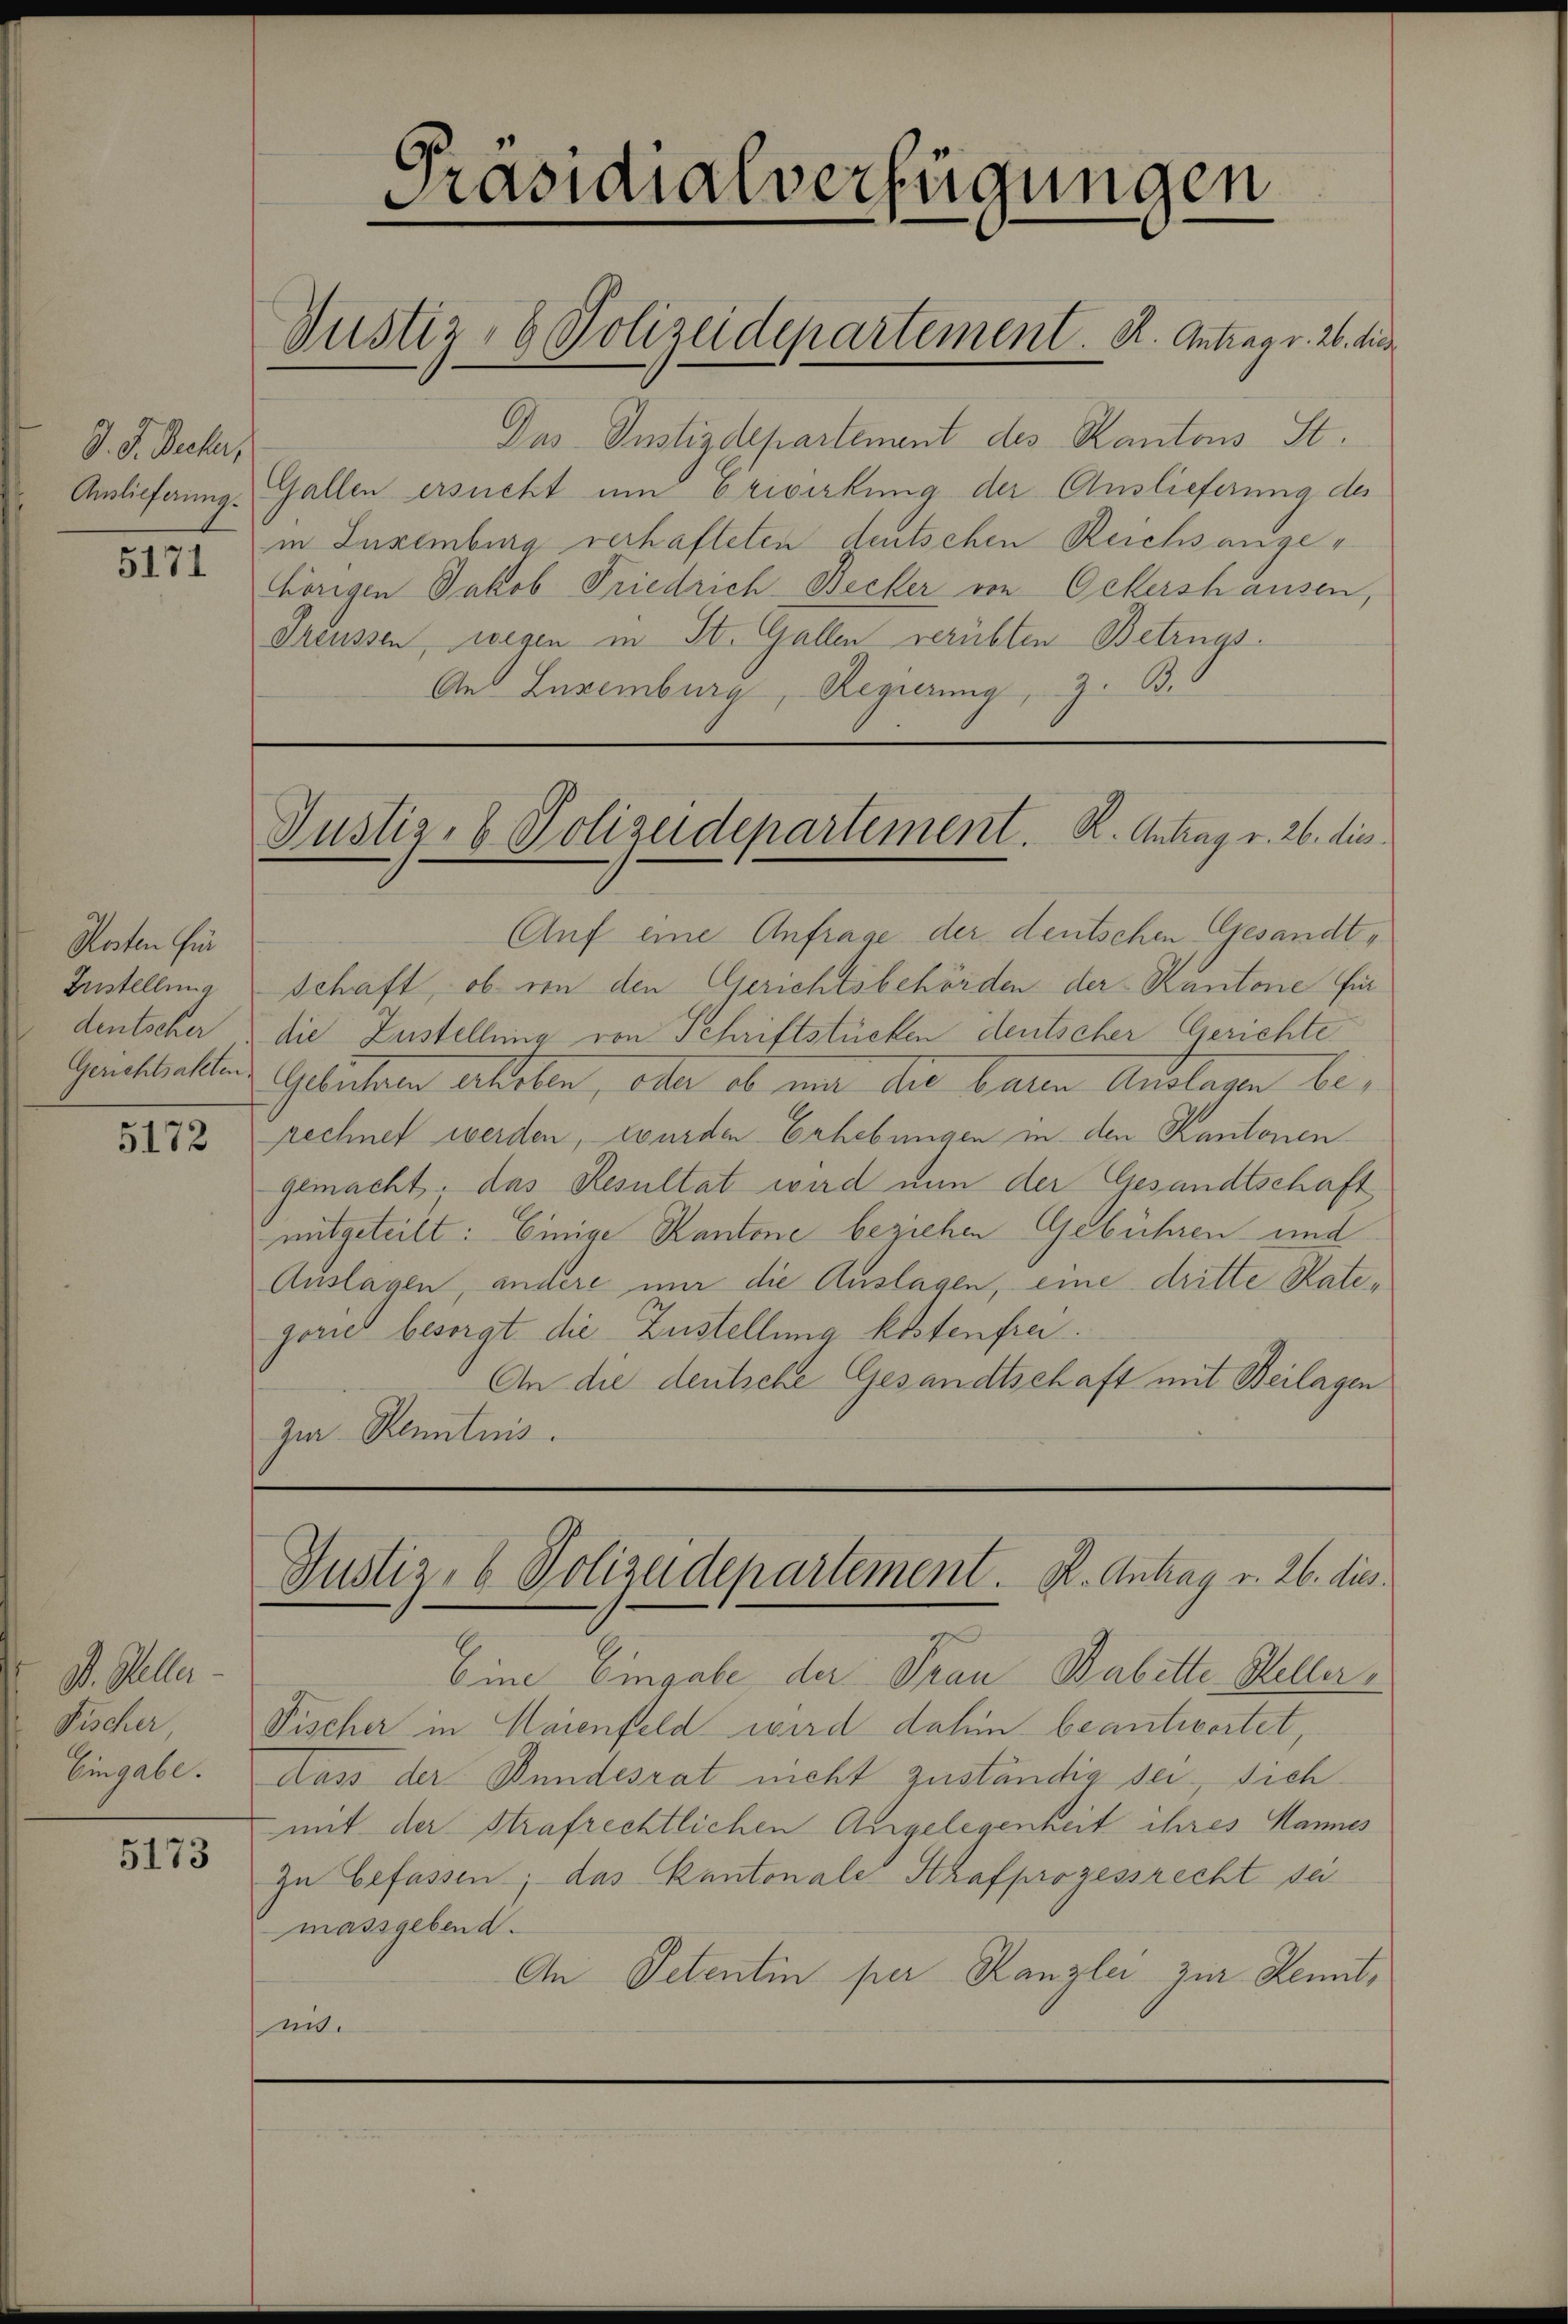
D. J. Becker,

5171

Kosten für
Zustellung
deutscher

5172

D. Sella
Fischer,
Eingabe.

5173

Präsidialverfügungen
Justiz- & Polizeidepartement. K. Antrag v. 26. die

Das Justizdepartement des Kantons St.
Anslieferung. Gallen ersucht um Erivirkung der Auslieferung des
in Inxemburg verhafteten deutschen Reichsangehörigen Jakob Friedrich Becker von Ockershausen,
Theussen, wegen in St. Gallen verübten Betrugs.
And Luxenburg, Regierung, z. B.

Auf eine Anfrage der deutschen Gesandtschaft, ob von den Gerichtsbehörden der Kantone für
die Zustellung von Schriftstücken deutscher Gerichte
Geichhalten Gelichen erhoben, aller ob man die bale Auslagen berechnet werden, wurden Erhebungen in den Kantonengemacht, das Resultat wird nun der Gesandtschaft
mitgeteilt: Einige Kantone beziehen Gebühren und
Auslagen, andere mir die Auslagen, eine dritte Rategoriet besorgt die Zustellung kostenfrei.
An die deutsche Gesandtschaft mit Beilagen
Zur Kenntnis.

Justiz- & Polizeidepartement. K. Antrag v. 26. dies

Justiz- & Polizeidepartement. K. Antrag v. 26. dies

Eine Eingabe der Frau Babette Heller,
Fischer in Maienfeld wird dahin beantwortet,
dass der Bundesrat nicht zuständig sei, sichmit der Strafrechtlichen Angelegenheit ihres Mannes
Zu befassen; das Kantonale Strafprozessrecht sei
massgebend.
An Petentin per Kanzlei zur Kenntmit.